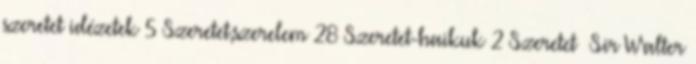
szeretet idézetek 5 Szeretet,szerelem 28 Szeretet-haikuk 2 Szeretet Sir Walter